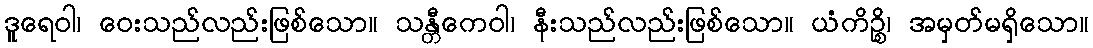
ဒူရေဝါ၊ ဝေးသည်လည်းဖြစ်သော။ သန္တီကေဝါ၊ နီးသည်လည်းဖြစ်သော။ ယံကိဉ္စိ၊ အမှတ်မရှိသော။